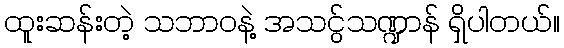
ထူးဆန်းတဲ့ သဘာဝနဲ့ အသငွ်သဏ္ဍာန် ရှိပါတယ်။